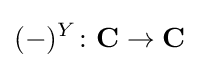
(-)^{Y}\colon \mathbf {C} \to \mathbf {C}